画像に写った文字を読んでください
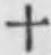
「十」と書いてあります